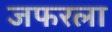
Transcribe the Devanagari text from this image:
जफरला